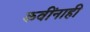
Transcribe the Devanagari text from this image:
कवींनाही